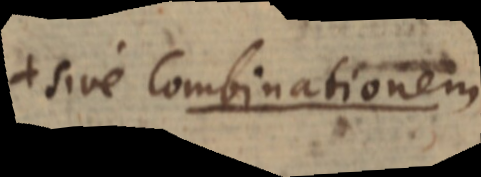
+ sive Combinationem